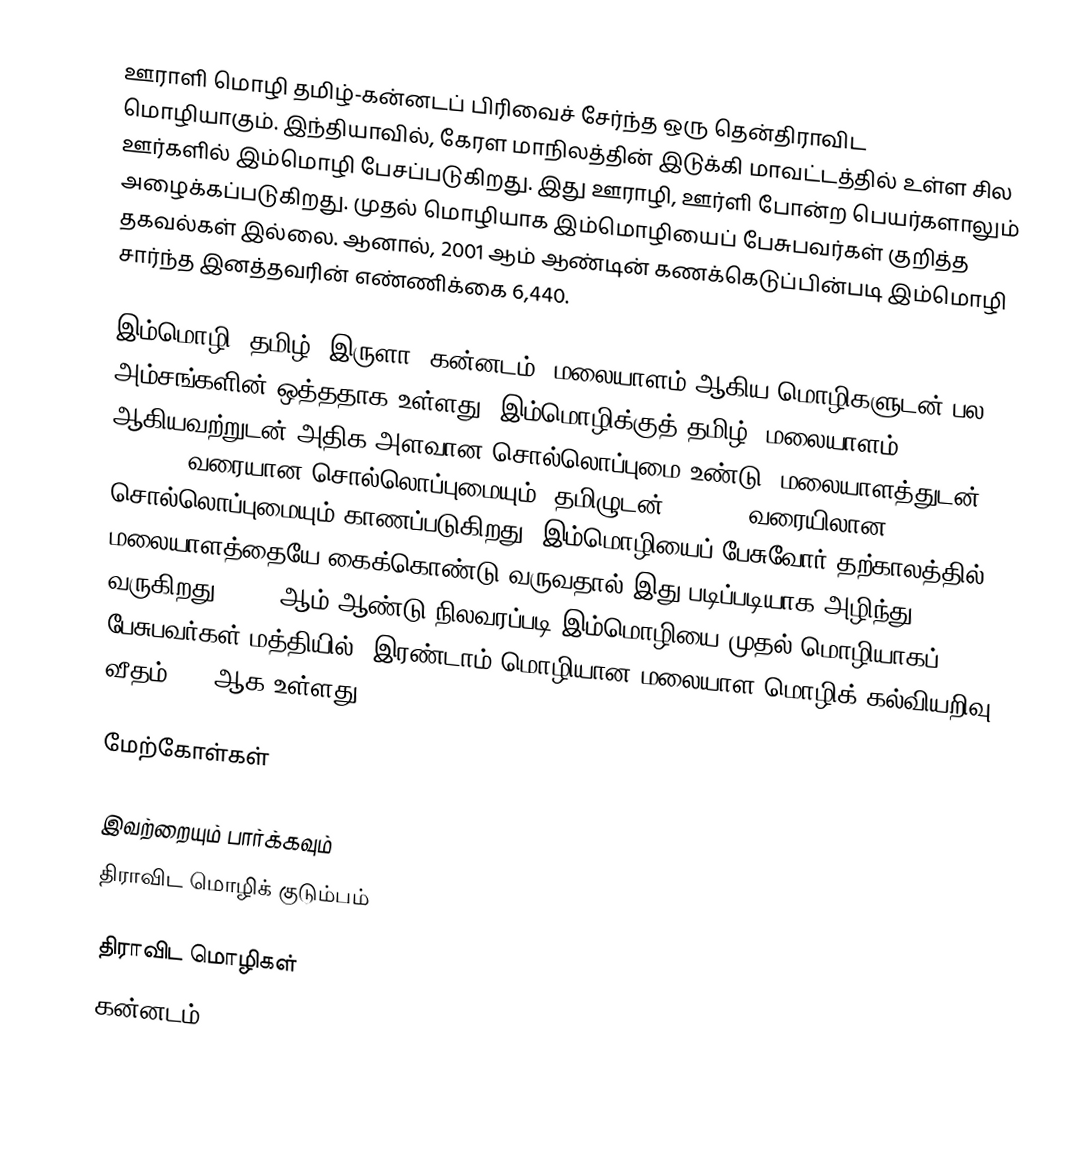
ஊராளி மொழி தமிழ்-கன்னடப் பிரிவைச் சேர்ந்த ஒரு தென்திராவிட மொழியாகும். இந்தியாவில், கேரள மாநிலத்தின் இடுக்கி மாவட்டத்தில் உள்ள சில ஊர்களில் இம்மொழி பேசப்படுகிறது. இது ஊராழி, ஊர்ளி போன்ற பெயர்களாலும் அழைக்கப்படுகிறது. முதல் மொழியாக இம்மொழியைப் பேசுபவர்கள் குறித்த தகவல்கள் இல்லை. ஆனால், 2001 ஆம் ஆண்டின் கணக்கெடுப்பின்படி இம்மொழி சார்ந்த இனத்தவரின் எண்ணிக்கை 6,440.

இம்மொழி, தமிழ், இருளா, கன்னடம், மலையாளம் ஆகிய மொழிகளுடன் பல அம்சங்களின் ஒத்ததாக உள்ளது. இம்மொழிக்குத் தமிழ், மலையாளம் ஆகியவற்றுடன் அதிக அளவான சொல்லொப்புமை உண்டு. மலையாளத்துடன் 60%-71% வரையான சொல்லொப்புமையும், தமிழுடன் 54%-58% வரையிலான சொல்லொப்புமையும் காணப்படுகிறது. இம்மொழியைப் பேசுவோர் தற்காலத்தில் மலையாளத்தையே கைக்கொண்டு வருவதால் இது படிப்படியாக அழிந்து வருகிறது. 2001 ஆம் ஆண்டு நிலவரப்படி இம்மொழியை முதல் மொழியாகப் பேசுபவர்கள் மத்தியில், இரண்டாம் மொழியான மலையாள மொழிக் கல்வியறிவு வீதம் 73% ஆக உள்ளது.

மேற்கோள்கள்

இவற்றையும் பார்க்கவும்
 திராவிட மொழிக் குடும்பம்

திராவிட மொழிகள்
கன்னடம்